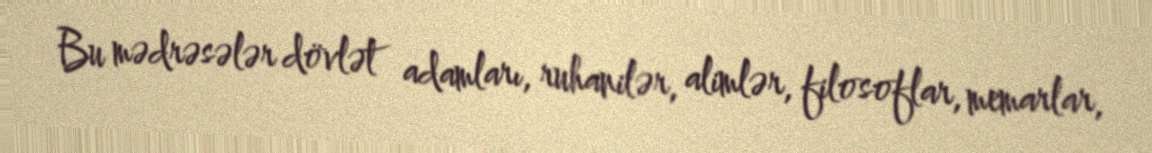
Bu mədrəsələr dövlət adamları, ruhanilər, alimlər, filosoflar, memarlar,